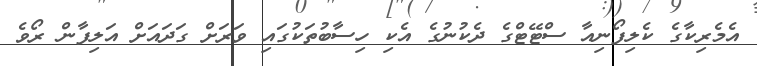
އެމެރިކާގެ ކެލިފޯނިއާ ސްޓޭޓްގެ ދެކުނުގެ އެކި ހިސާބުތަކުގައި ވަރަށް ގަދައަށް އަލިފާން ރޯވެ